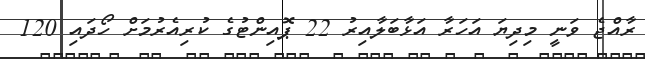
ރާއްޖެ ވަނީ މިދިޔަ އަހަރާ އަޅާބަލާއިރު 22 ޕޮއިންޓުގެ ކުރިއެރުމަށް ހޯދައި 120